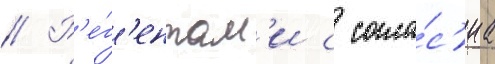
// Р'е́г'ентам'и с согла́с'иа